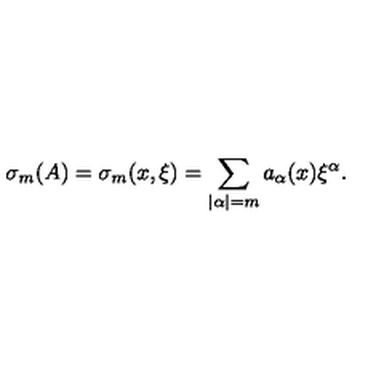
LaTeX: \sigma _ { m } ( A ) = \sigma _ { m } ( x , \xi ) = \sum _ { | \alpha | = m } a _ { \alpha } ( x ) { \xi } ^ { \alpha } .